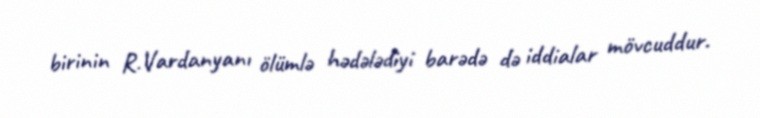
birinin R.Vardanyanı ölümlə hədələdiyi barədə də iddialar mövcuddur.